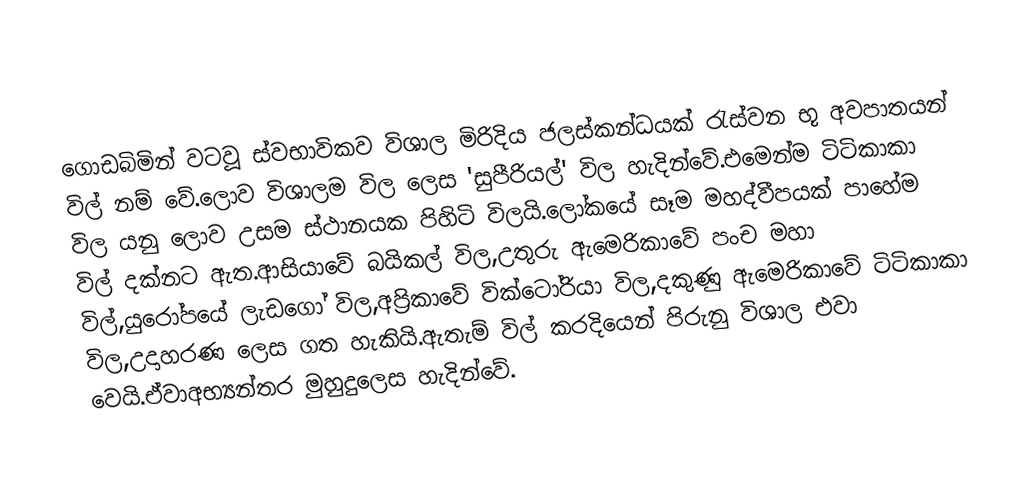
ගොඩබිමින් වටවූ ස්වභාවිකව විශාල මිරිදිය ජලස්කන්ධයක් රැස්වන භූ අවපාතයන් විල් නම් වේ.ලොව විශාලම විල ලෙස 'සුපීරියල්' විල හැදින්වේ.එමෙන්ම ටිටිකාකා විල යනු ලොව උසම ස්ථානයක පිහිටි විලයි.ලෝකයේ සෑම මහද්වීපයක් පාහේම විල් දක්නට ඇත.ආසියාවේ බයිකල් විල,උතුරු ඇමෙරිකාවේ පංච මහා විල්,යුරෝපයේ ලැඩගෝ විල,අප්‍රිකාවේ වික්ටෝරියා විල,දකුණු ඇමෙරිකාවේ ටිටිකාකා විල,උදාහරණ ලෙස ගත හැකියි.ඇතැම් විල් කරදියෙන් පිරුනු විශාල එවා වෙයි.ඒවාඅභ්‍යන්‍තර මුහුදුලෙස හැදින්වේ.